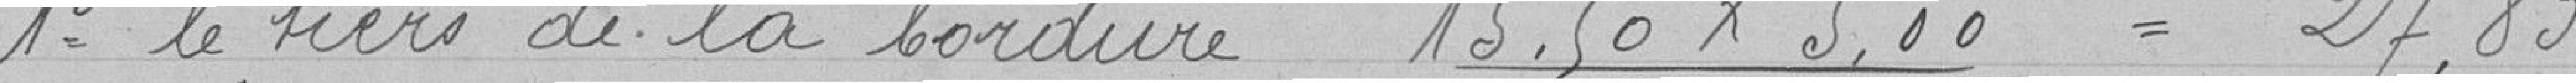
1° le tiers de la bordure 15.50 x 5.00 = 27.83